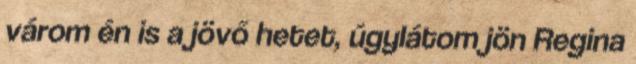
várom én is a jövő hetet, úgylátom jön Regina